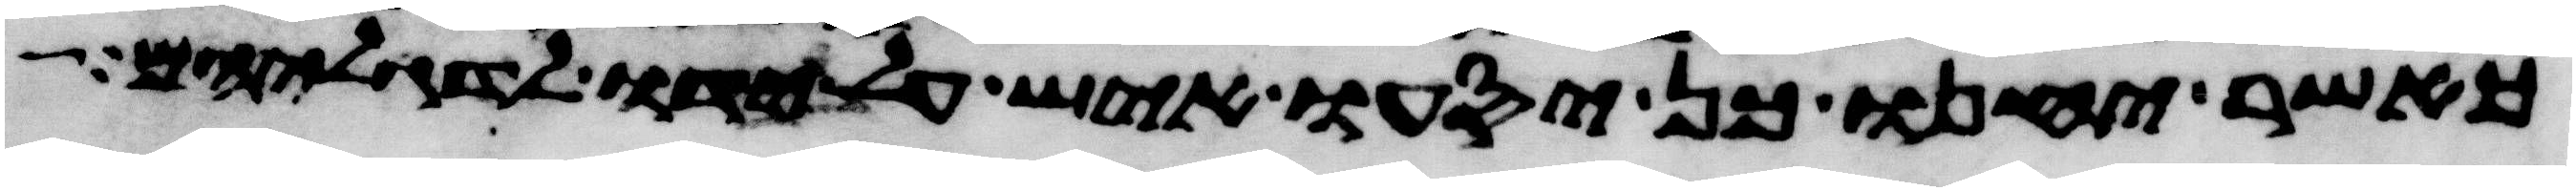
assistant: כאשר יחנו כן יסעו איש על ידו לדגליהם